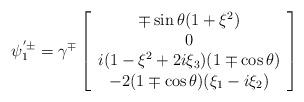
LaTeX: \begin{align*}\psi_1^{'\pm}=\gamma^{\mp} \left [\begin{array}{c}\mp \sin\theta(1+\xi^2) \\0 \\ i(1-\xi^2+2i\xi_3)(1\mp\cos\theta) \\-2(1\mp\cos\theta)(\xi_1-i\xi_2)\end{array}\right ]\end{align*}